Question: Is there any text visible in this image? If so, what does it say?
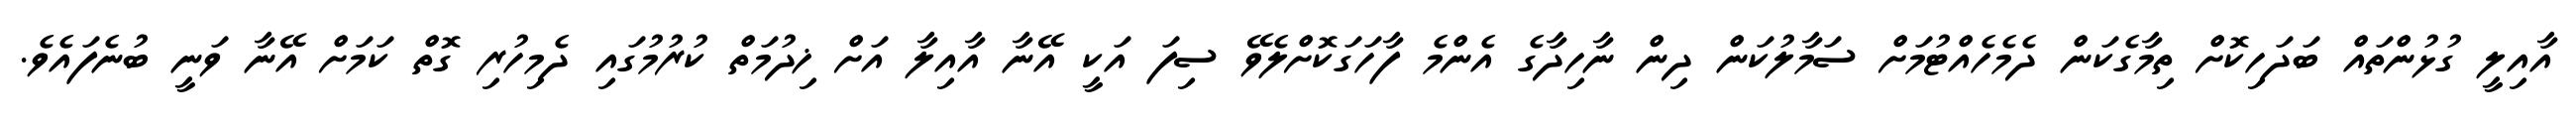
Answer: އާއިލީ ގުޅުންތައް ބަދަހިކޮށް ތިމާގެކަން ދެމެހެއްޓުމަށް ސަމާލުކަން ދިން ނާހިދާގެ އެންމެ ފާހަގަކޮށްލެވޭ ސިފަ އަކީ އޭނާ އާއިލާ އަށް ޚިދުމަތް ކުރުމުގައި ދެމިހުރި ގޮތް ކަމަށް އޭނާ ވަނީ ބުނެފައެވެ.